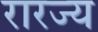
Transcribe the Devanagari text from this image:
रारज्य